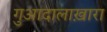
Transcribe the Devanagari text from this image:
गुआदालाख़ारा